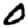
Digit: 0